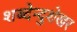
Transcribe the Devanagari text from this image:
शब्देन्दुशेखर